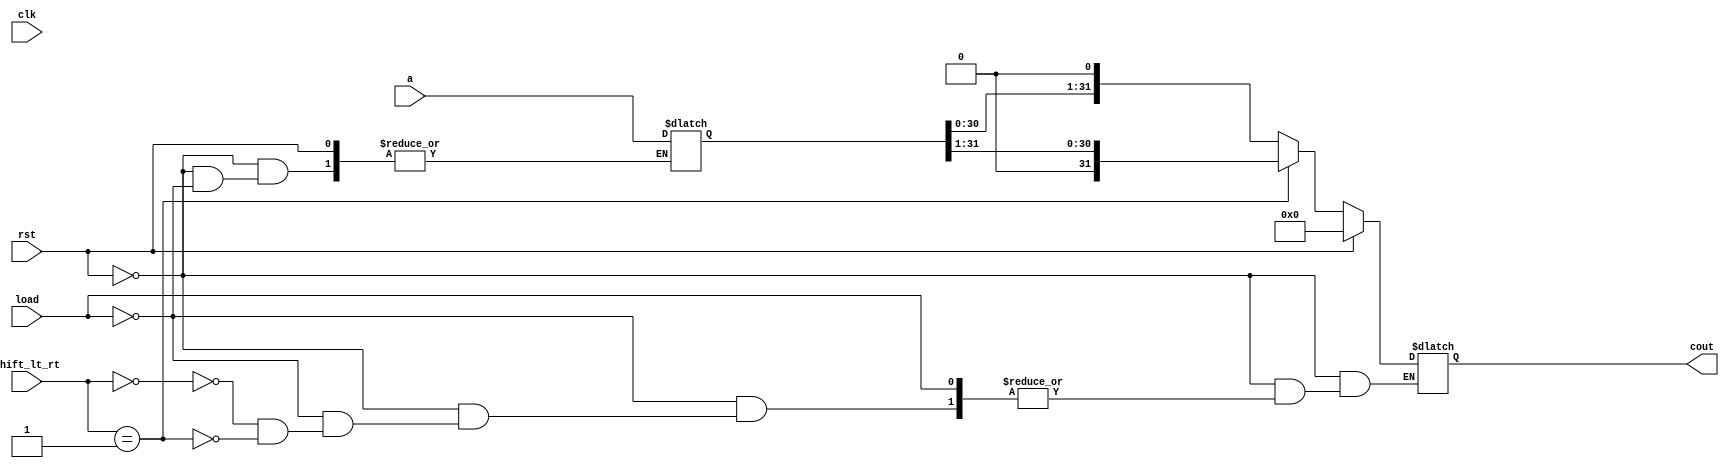
module usr32bit(cout, clk, rst, load, shift_lt_rt, a);
	output reg [31:0] cout;
	input load;
	input [1:0] shift_lt_rt;
	input [31:0] a;       
	input clk, rst;
	reg [31:0] ai;

		always @(posedgeclk or posedgerst) begin
			if (rst)
				cout = 0;
			else
			case(load)
				 1'b1:
					begin
						ai = a;
					end
				1'b0:
					case (shift_lt_rt)
					    2'b00:  cout = ai<<1;
					    2'b01:  cout = ai>>1;
					endcase
			endcase
		end
endmodule